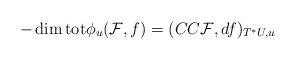
LaTeX: \begin{align*}-\dim {\rm tot}\phi_u({\cal F},f)=(CC{\cal F},df)_{T^*U,u}\end{align*}